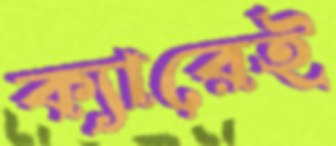
ক্যারেই